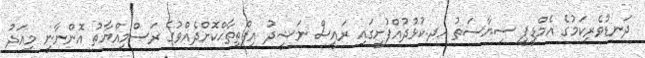
ދަނޑުވެރިކަމުގެ އެމްޑީޕީ ސިޔާސަތު ހދ.ކުޅުދުއްފުށީގައި ރައީސް ނަޝީދު އިފްތިތާޙްކޮށްދެއްވުގެ ރަސްމިއްޔާތު އޮންނާނީ މިއަދު